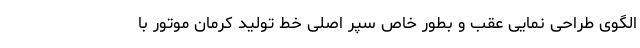
الگوی طراحی نمایی عقب و بطور خاص سپر اصلی خط تولید کرمان موتور با